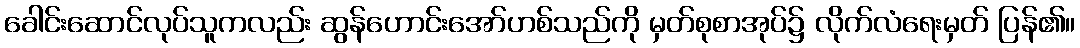
ခေါင်းဆောင်လုပ်သူကလည်း ဆွန်ဟောင်းအော်ဟစ်သည်ကို မှတ်စုစာအုပ်၌ လိုက်လံရေးမှတ် ပြန်၏။